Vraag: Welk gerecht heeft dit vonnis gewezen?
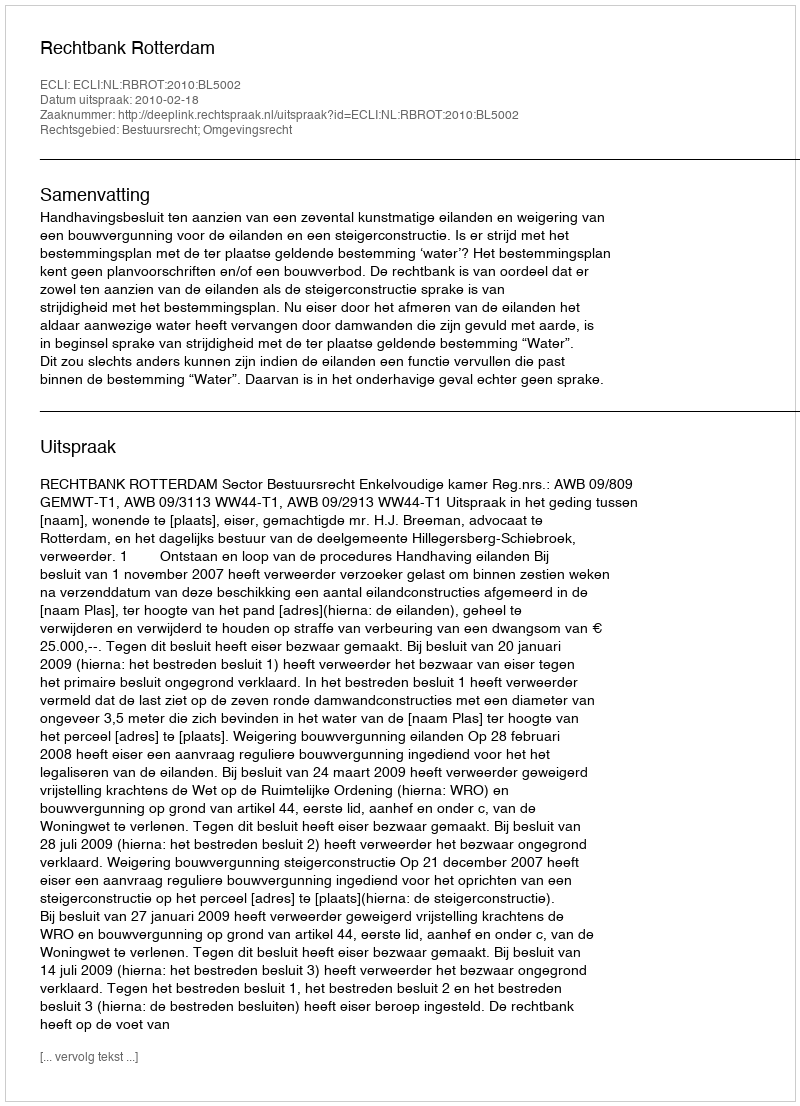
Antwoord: Rechtbank Rotterdam